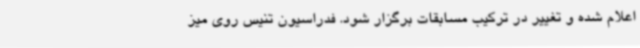
اعلام شده و تغییر در ترکیب مسابقات برگزار شود. فدراسیون تنیس روی میز